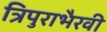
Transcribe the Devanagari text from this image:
त्रिपुराभैरवी